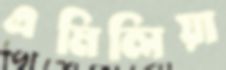
এমিলিয়া